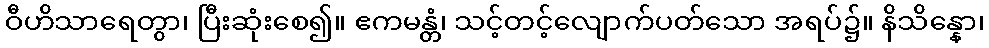
ဝီဟိသာရေတွာ၊ ပြီးဆုံးစေ၍။ ဧကမန္တံ၊ သင့်တင့်လျောက်ပတ်သော အရပ်၌။ နိသိန္နော၊